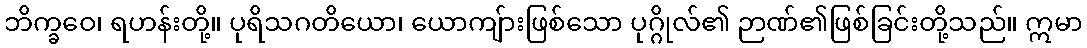
ဘိက္ခဝေ၊ ရဟန်းတို့။ ပုရိသဂတိယော၊ ယောကျ်ားဖြစ်သော ပုဂ္ဂိုလ်၏ ဉာဏ်၏ဖြစ်ခြင်းတို့သည်။ ဣမာ